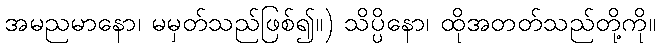
အမညမာနော၊ မမှတ်သည်ဖြစ်၍။) သိပ္ပိနော၊ ထိုအတတ်သည်တို့ကို။